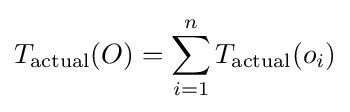
T_{\mathrm {actual} }(O)=\sum _{i=1}^{n}T_{\mathrm {actual} }(o_{i})